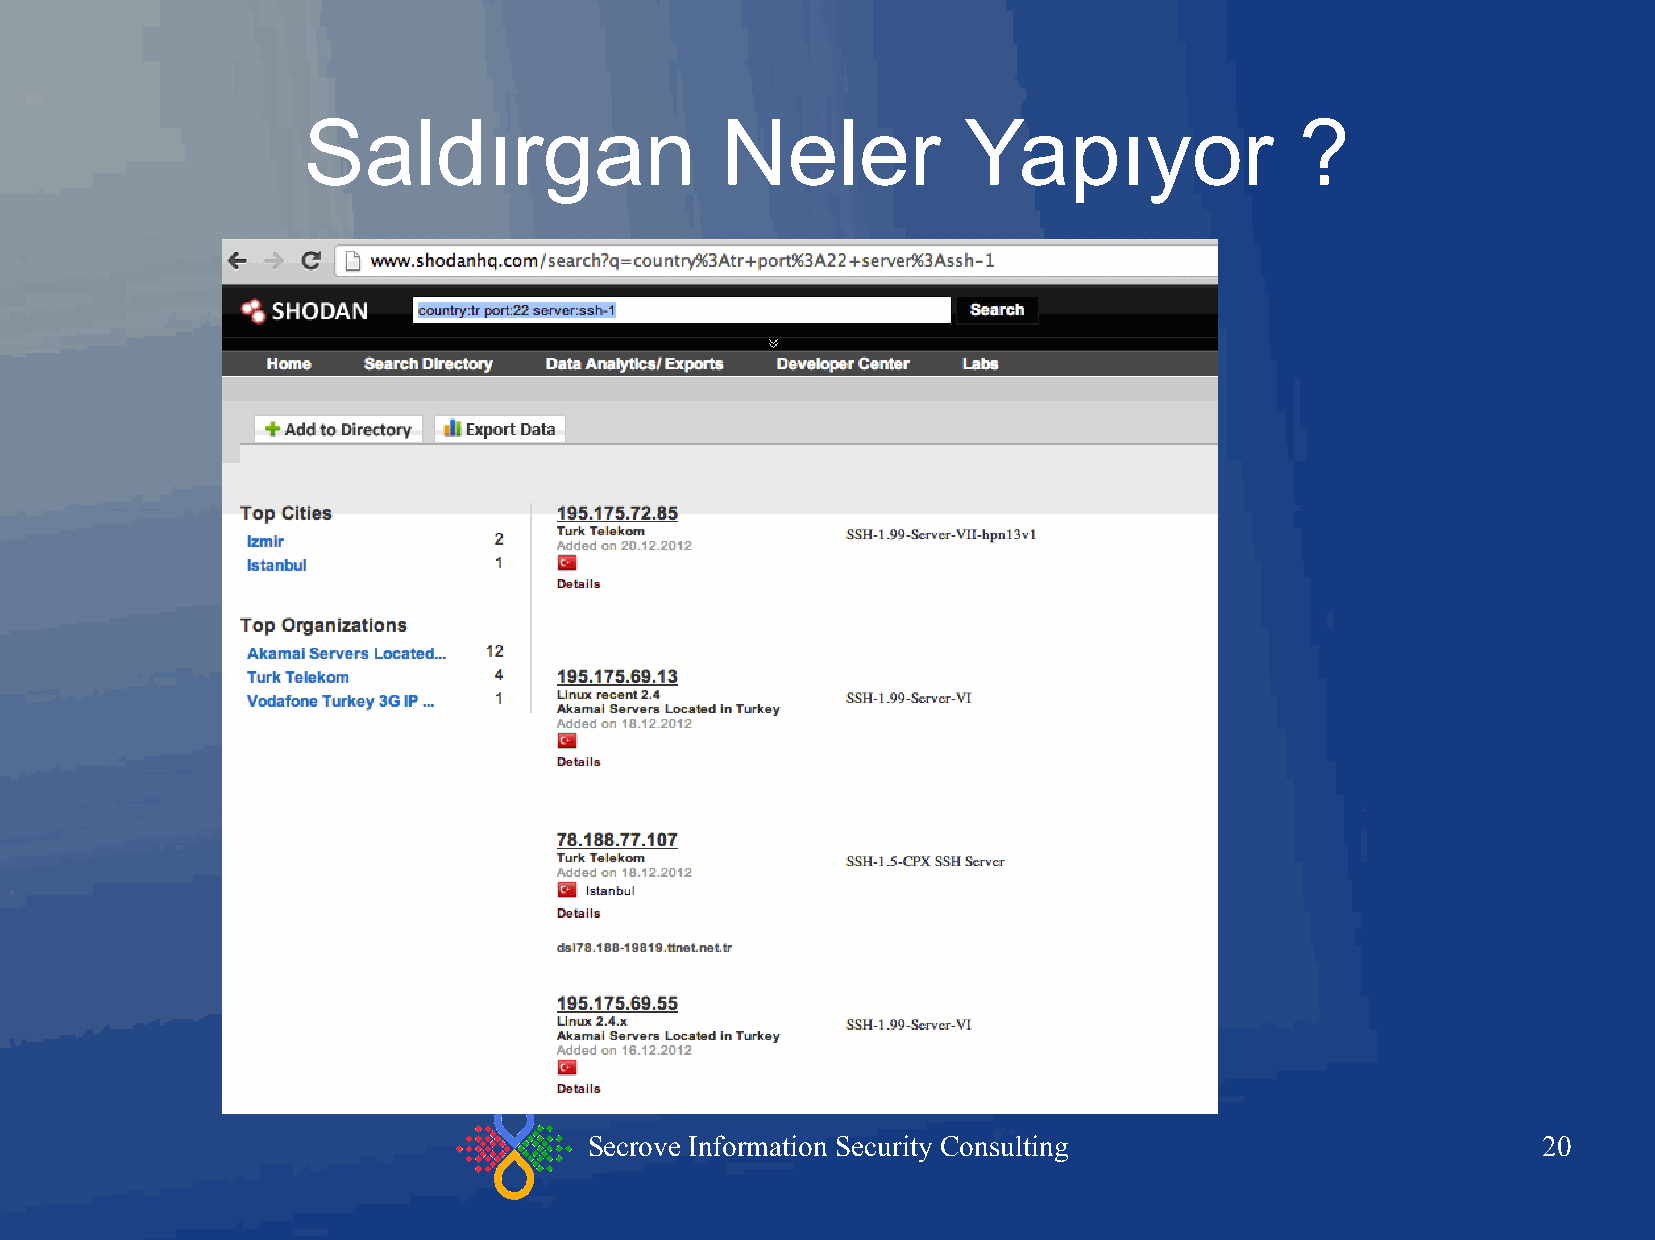
Saldırgan                   Neler           Yapıyor               ?
 Secrove Information Security Consulting                        20